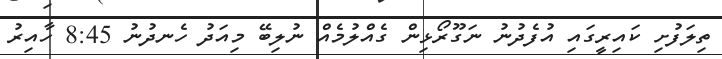
ތިލަފުށި ކައިރީގައި އުފެދުނު ނަގޫރޯޅިން ގެއްލުމެއް ނުލިބޭ މިއަދު ހެނދުނު 8:45 ހާއިރު